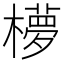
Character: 𬄺